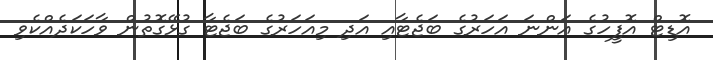
އޮޑިޓް އޮފީހުގެ އަންނަ އަހަރުގެ ބަޖެޓާއި އަދި މިއަހަރުގެ ބަޖެޓާ ގުޅޭގޮތުން ވާހަކަދެއްކެވި